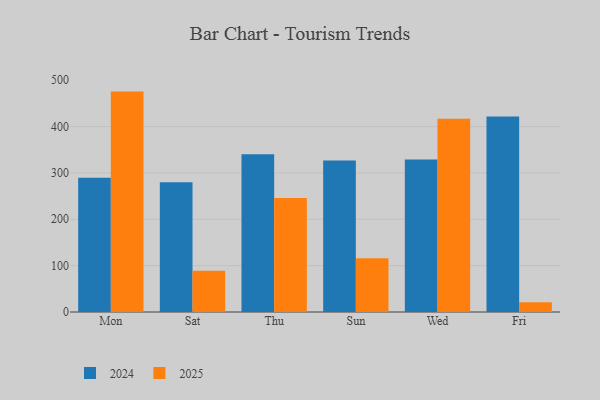
{"axis": {"x": "Day", "y": "Inventory Turnover"}, "legend": ["2024", "2025"], "data": [{"x": "Mon", "y": 289.6, "type": "2024"}, {"x": "Mon", "y": 475.3, "type": "2025"}, {"x": "Sat", "y": 279.6, "type": "2024"}, {"x": "Sat", "y": 88.7, "type": "2025"}, {"x": "Thu", "y": 340.3, "type": "2024"}, {"x": "Thu", "y": 245.8, "type": "2025"}, {"x": "Sun", "y": 326.6, "type": "2024"}, {"x": "Sun", "y": 115.7, "type": "2025"}, {"x": "Wed", "y": 329.1, "type": "2024"}, {"x": "Wed", "y": 416.9, "type": "2025"}, {"x": "Fri", "y": 421.4, "type": "2024"}, {"x": "Fri", "y": 21.0, "type": "2025"}]}